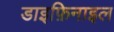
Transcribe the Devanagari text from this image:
डाइफ़िनाइल